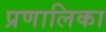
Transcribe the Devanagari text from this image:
प्रणालिका